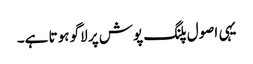
یہی اصول پلنگ پوش پر لاگو ہوتا ہے۔